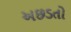
અછડતો